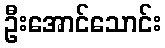
ဦးအောင်သောင်း